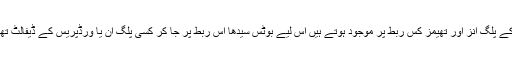
چونکہ سبھی کو پتا ہوتا ہے کہ ورڈپریس کے پلگ اِنز اور تھیمز کس ربط پر موجود ہوتے ہیں اس لیے بوٹس سیدھا اس ربط پر جا کر کسی پلگ اِن یا ورڈپریس کے ڈیفالٹ تھیمز میں موجود خرابی کو تلاش کرتے ہیں۔